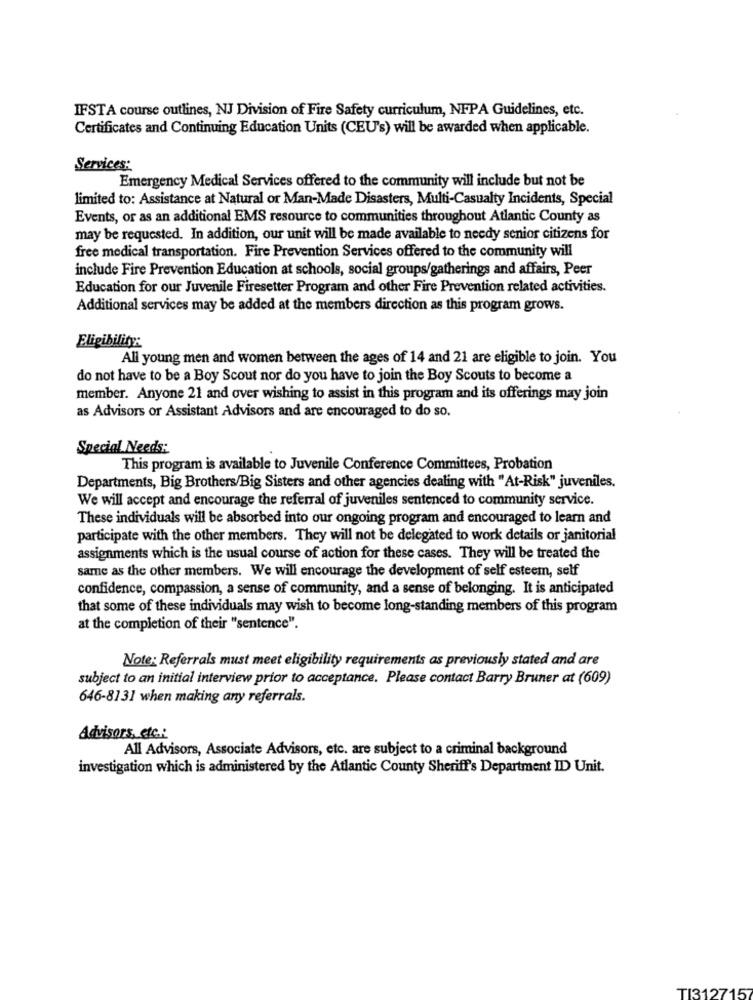
IFSTA course outlines, NJ Division of Fire Safety curriculum, NFPA Guidelines, etc.
Certificates and Continuing Education Units (CEU's) will be awarded when applicable.
Services:
Emergency Medical Services offered to the community will include but not be
limited to: Assistance at Natural or Man-Made Disasters, Multi-Casualty Incidents, Special
Events, or as an additional EMS resource to communities throughout Atlantic County as
may be requested. In addition, our unit will be made available to needy senior citizens for
free medical transportation. Fire Prevention Services offered to the community will
include Fire Prevention Education at schools, social groups/gatherings and affairs, Peer
Education for our Juvenile Firesetter Program and other Fire Prevention related activities.
Additional services may be added at the members direction as this program grows.
Eligibility:
All young men and women between the ages of 14 and 21 are eligible to join. You
do not have to be a Boy Scout nor do you have to join the Boy Scouts to become a
member. Anyone 21 and over wishing to assist in this program and its offerings may join
as Advisors or Assistant Advisors and are encouraged to do so.
Special Needs:
This program is available to Juvenile Conference Committees, Probation
Departments, Big Brothers/Big Sisters and other agencies dealing with "At-Risk" juveniles.
We will accept and encourage the referral of juveniles sentenced to community service.
These individuals will be absorbed into our ongoing program and encouraged to learn and
participate with the other members. They will not be delegated to work details or janitorial
assignments which is the usual course of action for these cases. They will be treated the
same as the other members. We will encourage the development of self esteem, self
confidence, compassion, a sense of community, and a sense of belonging. It is anticipated
that some of these individuals may wish to become long-standing members of this program
at the completion of their "sentence".
Note: Referrals must meet eligibility requirements as previously stated and are
subject to an initial interview prior to acceptance. Please contact Barry Bruner at (609)
646-8131 when making any referrals.
Advisors, etc .:
All Advisors, Associate Advisors, etc. are subject to a criminal background
investigation which is administered by the Atlantic County Sheriff's Department ID Unit.
TI3127157